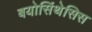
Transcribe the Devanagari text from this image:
बयोसिंथेसिस